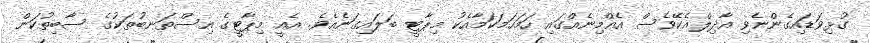
ގުޅިވަޑައިގެންނެވި އާދިލްއެކޭވެސް އެއްމިނެއްގައި ހަމަހަމަކަމާއެކު މިޕާޓީ ބަލައިގަނެއެވެ. އެއީ މިޕާޓީގެ އިސްތަނބުތަކުގެ ސާބިތުކަން